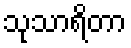
သုသာရိတာ